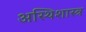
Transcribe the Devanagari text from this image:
अस्थिशास्त्र